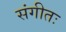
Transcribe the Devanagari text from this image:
संगीतः